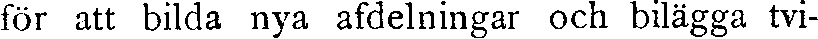
för att bilda nya afdelningar och bilägga tvi-